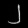
Digit: ၂